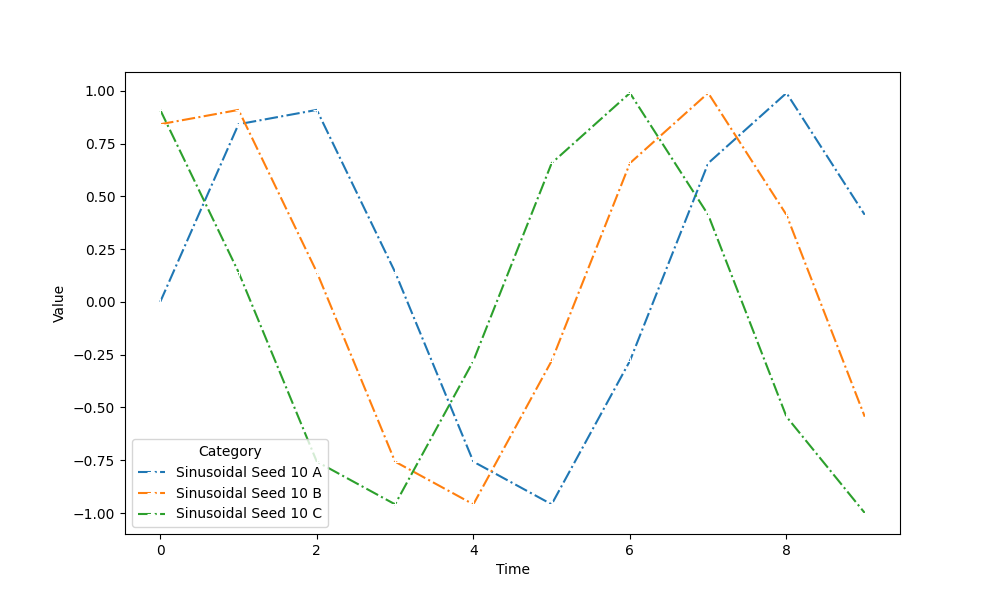
python, seaborn, lineplot, style='dashdot', marker='+'